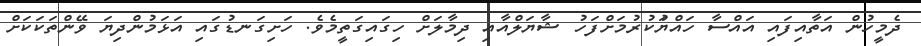
ދެމީހުން އަތާއިފައި އައްސާ ހައްޔަުކުރުމަށްފަހު ޝާޔަލްއާއި ދިމާލަށް ހިގައިގަތީމެވެ. ހަށިގަނޑުގައި އަޅަމުންދިޔަ ވޭންތަކަކަށް